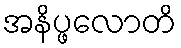
အနိပ္ဖလောတိ